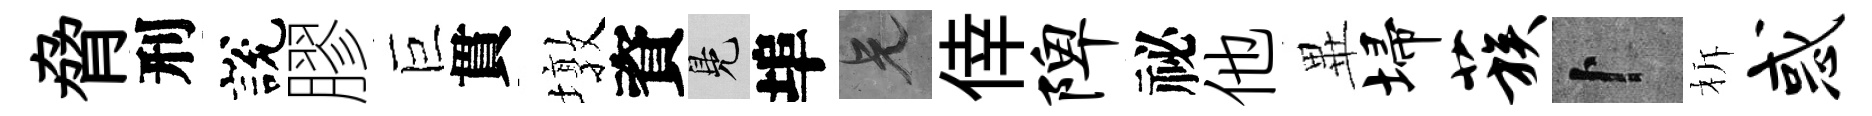
脅刑說膠巨貫墩資鳬埠兄倖陴祕他𭺾埽蔟卜柝惑